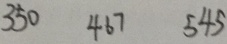
3 5 0 4 6 7 5 4 5